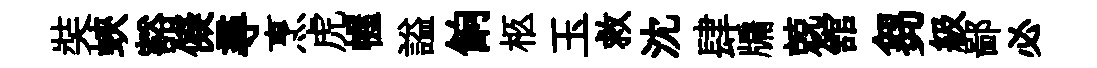
奘蛺豁儗尋烹虎幄謚餉柩玉救沈肆牖兢舘芻級鄙必